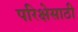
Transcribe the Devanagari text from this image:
परिक्षेसाठी